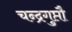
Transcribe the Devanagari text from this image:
चन्द्रगुप्तौ